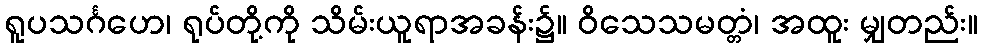
ရူပသင်္ဂဟေ၊ ရုပ်တို့ကို သိမ်းယူရာအခန်း၌။ ဝိသေသမတ္တံ၊ အထူး မျှတည်း။